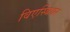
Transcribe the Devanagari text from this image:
विएस्बियर